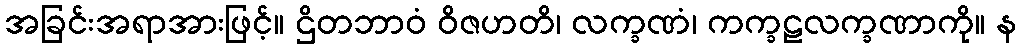
အခြင်းအရာအားဖြင့်။ ဌိတဘာဝံ ဝိဇဟတိ၊ လက္ခဏံ၊ ကက္ခဠလက္ခဏာကို။ န